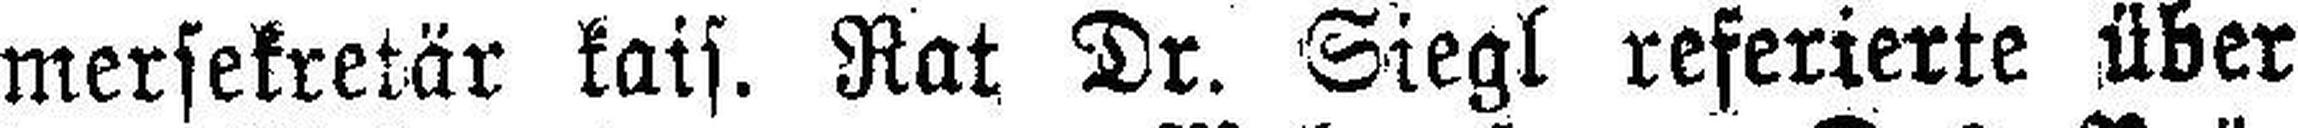
mersekretär kais. Rat Dr. Siegl referierte über